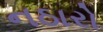
નઠારો